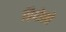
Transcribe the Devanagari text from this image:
पिपोलो